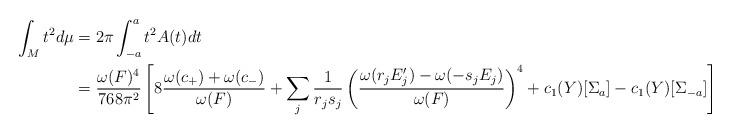
LaTeX: \begin{align*}\int_Mt^2d\mu&=2\pi\int_{-a}^at^2A(t)dt\\&=\frac{\omega(F)^4}{768\pi^2}\left[8\frac{\omega(c_+)+\omega(c_-)}{\omega(F)}+\sum_j\frac{1}{r_js_j}\left(\frac{\omega(r_jE_j')-\omega(-s_jE_j)}{\omega(F)}\right)^4+c_1(Y)[\Sigma_a]-c_1(Y)[\Sigma_{-a}]\right].\end{align*}